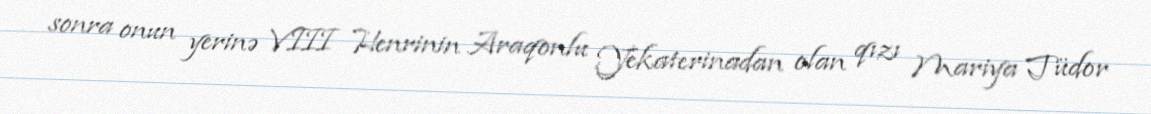
sonra onun yerinə VIII Henrinin Araqonlu Yekaterinadan olan qızı Mariya Tüdor